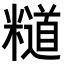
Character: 𥽌